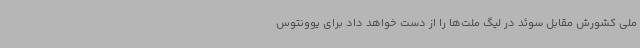
ملی کشورش مقابل سوئد در لیگ ملت‌ها را از دست خواهد داد برای یوونتوس